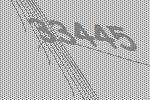
33445